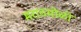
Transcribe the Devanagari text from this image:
मराठमोळी